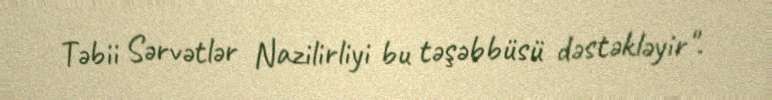
Təbii Sərvətlər Nazilirliyi bu təşəbbüsü dəstəkləyir".